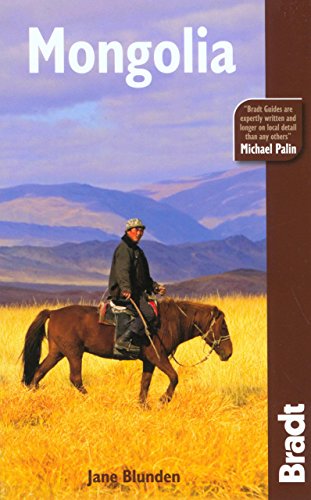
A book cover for Mongolia 2nd (Bradt Travel Guide); Jane Blunden; Travel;